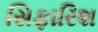
સિફારિશ